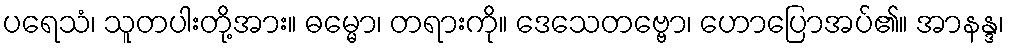
ပရေသံ၊ သူတပါးတို့အား။ ဓမ္မော၊ တရားကို။ ဒေသေတဗ္ဗော၊ ဟောပြောအပ်၏။ အာနန္ဒ၊